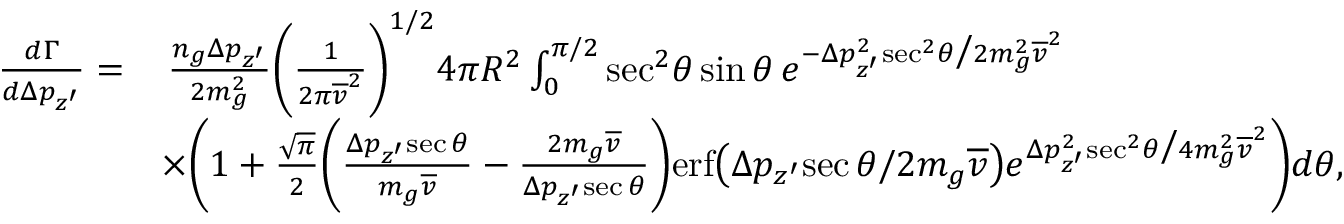
\begin{array} { r l } { \frac { d \Gamma } { d \Delta p _ { z ^ { \prime } } } = } & { \, \frac { n _ { g } \Delta p _ { z ^ { \prime } } } { 2 m _ { g } ^ { 2 } } \bigg ( \frac { 1 } { 2 \pi \overline { { v } } ^ { 2 } } \bigg ) ^ { 1 / 2 } 4 \pi R ^ { 2 } \int _ { 0 } ^ { \pi / 2 } \mathrm { s e c } ^ { 2 } \theta \, \mathrm { s i n } \, \theta \, e ^ { - \Delta p _ { z ^ { \prime } } ^ { 2 } \mathrm { s e c } ^ { 2 } \theta \big / 2 m _ { g } ^ { 2 } \overline { { v } } ^ { 2 } } } \\ & { \times \bigg ( 1 + \frac { \sqrt { \pi } } { 2 } \bigg ( \frac { \Delta p _ { z ^ { \prime } } \mathrm { s e c } \, \theta } { m _ { g } \overline { { v } } } - \frac { 2 m _ { g } \overline { { v } } } { \Delta p _ { z ^ { \prime } } \mathrm { s e c } \, \theta } \bigg ) \mathrm { e r f } \big ( \Delta p _ { z ^ { \prime } } \mathrm { s e c } \, \theta / 2 m _ { g } \overline { { v } } \big ) e ^ { \Delta p _ { z ^ { \prime } } ^ { 2 } \mathrm { s e c } ^ { 2 } \theta \big / 4 m _ { g } ^ { 2 } \overline { { v } } ^ { 2 } } \bigg ) d \theta , } \end{array}